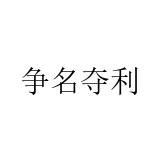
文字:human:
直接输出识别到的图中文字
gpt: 争名夺利